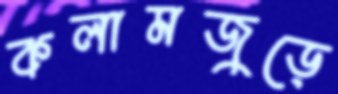
কলামজুড়ে